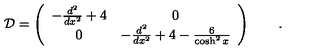
{ \cal D } = \left( \begin{array} { c c } { - \frac { d ^ { 2 } } { d x ^ { 2 } } + 4 } & { 0 } \\ { 0 } & { - \frac { d ^ { 2 } } { d x ^ { 2 } } + 4 - \frac { 6 } { \cosh ^ { 2 } x } } \\ \end{array} \right) \qquad .